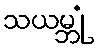
သယမ္ဘုံ